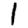
Digit: 1